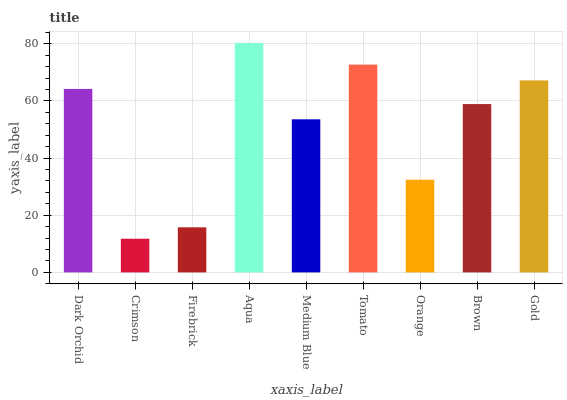
| xaxis_label | bars |
 | --- | --- |
 | Dark Orchid | 64.2 |
 | Crimson | 11.8 |
 | Firebrick | 15.8 |
 | Aqua | 80.3 |
 | Medium Blue | 53.6 |
 | Tomato | 72.7 |
 | Orange | 32.4 |
 | Brown | 58.9 |
 | Gold | 67.2 |